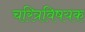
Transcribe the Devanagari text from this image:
चरित्रविषयक